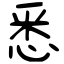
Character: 悉